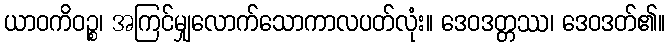
ယာဝကိဝဉ္စ၊ အကြင်မျှလောက်သောကာလပတ်လုံး။ ဒေဝဒတ္တဿ၊ ဒေဝဒတ်၏။